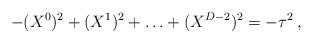
LaTeX: \begin{align*}-(X^0)^2 + (X^1)^2 + \ldots + (X^{D-2})^2 = -\tau^2\,,\end{align*}